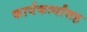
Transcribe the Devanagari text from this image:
कार्यकर्त्यांसह